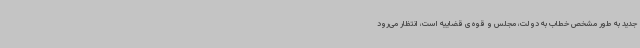
جدید به طور مشخص خطاب به دولت، مجلس و قوه‌ی قضاییه است، انتظار می‌رود